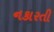
નકારતી